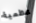
عظمية